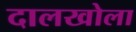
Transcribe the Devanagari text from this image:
दालखोला